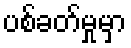
ပစ်ခတ်မှုမှာ